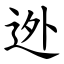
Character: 迯